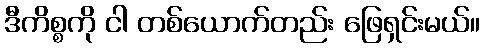
ဒီကိစ္စကို ငါ တစ်ယောက်တည်း ဖြေရှင်းမယ်။